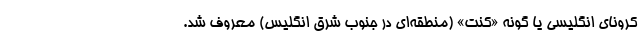
کرونای انگلیسی یا گونه «کنت» (منطقه‌ای در جنوب شرق انگلیس) معروف شد.